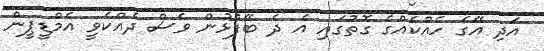
އަދި އޭގެ ހެއްކެއްގެ ގޮތުގައި އެ ދެ ބޭފުޅުން ވެސް ދެއްކެވީ އެމްޑީޕީން